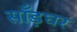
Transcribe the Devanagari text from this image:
साँड़घर